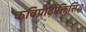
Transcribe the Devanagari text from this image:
कविप्रोढ़ोक्तिसिद्ध